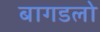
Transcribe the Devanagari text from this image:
बागडलो